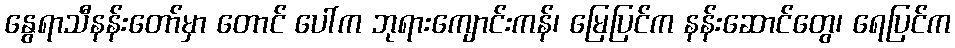
နွေရာသီနန်းတော်မှာ တောင် ပေါ်က ဘုရားကျောင်းကန်၊ မြေပြင်က နန်းဆောင်တွေ၊ ရေပြင်က